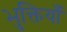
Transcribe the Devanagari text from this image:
भुक्तियाँ